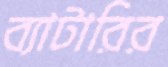
ব্যাটারির